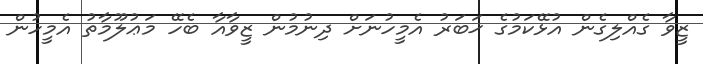
ޒީވާ ގެއްލިގެން އުޅޭކަމުގެ ޚަބަރު އެމީހުނަށް ދިނުމުން ޒީވާއާ ބެހޭ މަޢުލޫމާތު އެމީހުން